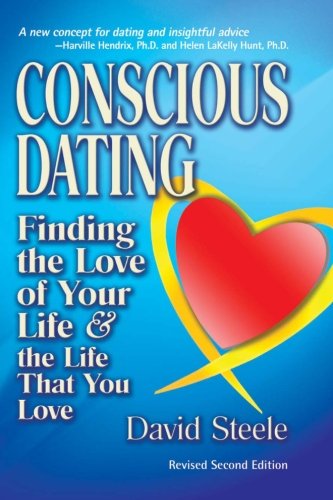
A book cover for Conscious Dating: Finding the Love of Your Life & the Life That You Love; David Steele; Self-Help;